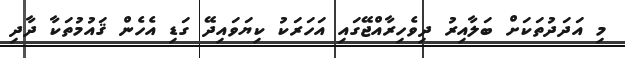
މި އަދަދުތަކަށް ބަލާއިރު ދިވެހިރާއްޖޭގައި އަހަރަކު ކިޔަވައިދޭ ގަޑި އެހެން ޤައުމުތަކާ ދާދި